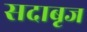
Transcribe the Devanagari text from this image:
सदाबृज